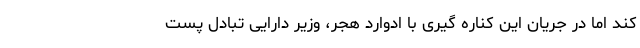
کند اما در جریان این کناره گیری با ادوارد هجر، وزیر دارایی تبادل پست